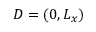
D = ( 0 , L _ { x } )